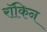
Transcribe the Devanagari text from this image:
रॉकिन